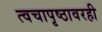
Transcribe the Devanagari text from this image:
त्वचापृष्ठावरही